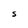
Character: S